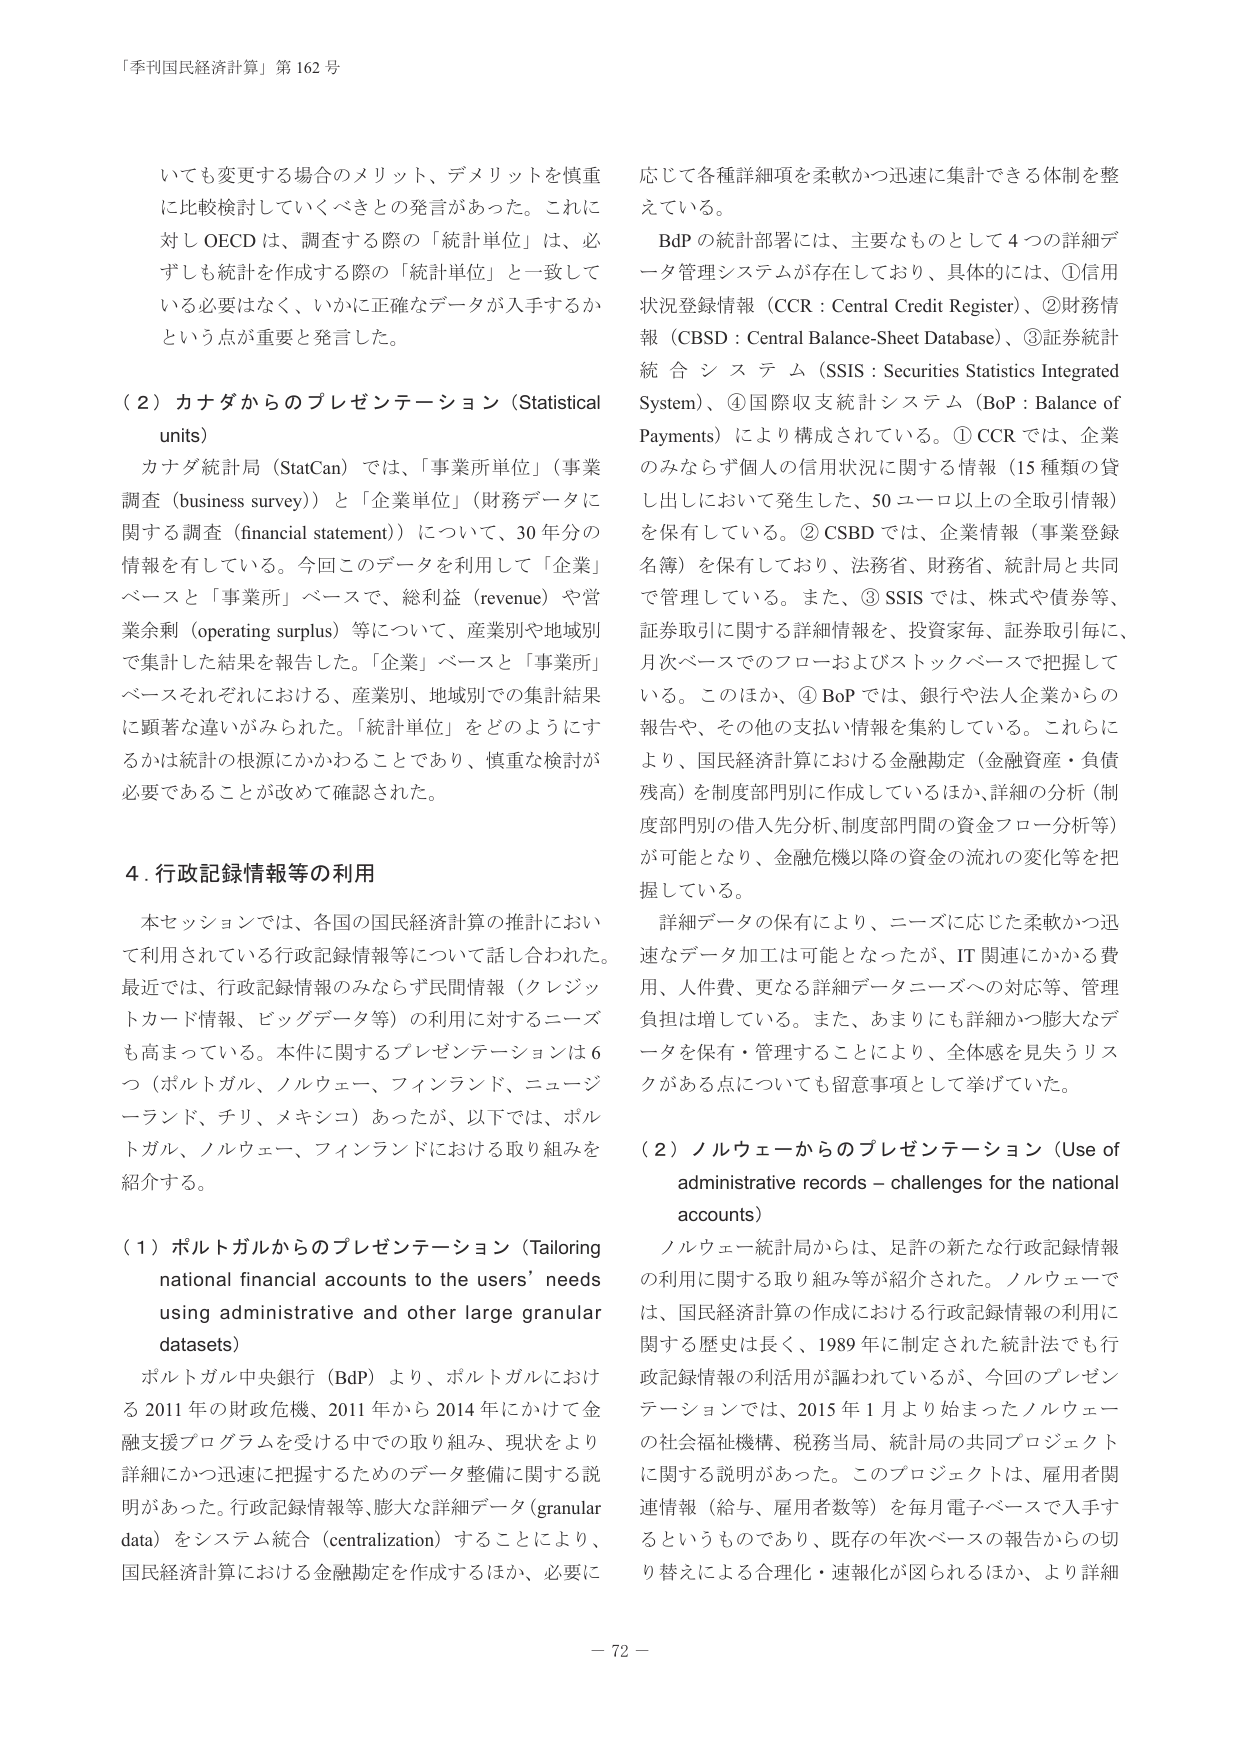
「季刊国民経済計算」第162号

いても変更する場合のメリット、デメリットを慎重に比較検討していくべきとの発言があった。これに対しOECDは、調査する際の「統計単位」は、必ずしも統計を作成する際の「統計単位」と一致している必要はなく、いかに正確なデータが入手するかという点が重要と発言した。

（2）カナダからのプレゼンテーション（Statistical units）

カナダ統計局（StatCan）では、「事業所単位」（事業調査（business survey））と「企業単位」（財務データに関する調査（financial statement））について、30年分の情報を有している。今回このデータを利用して「企業」ベースと「事業所」ベースで、総利益（revenue）や営業余剰（operating surplus）等について、産業別や地域別で集計した結果を報告した。「企業」ベースと「事業所」ベースそれぞれにおける、産業別、地域別での集計結果に顕著な違いがみられた。「統計単位」をどのようにするかは統計の根源にかかわることであり、慎重な検討が必要であることが改めて確認された。

4. 行政記録情報等の利用

本セッションでは、各国の国民経済計算の推計において利用されている行政記録情報等について話しが合わされた。最近では、行政記録情報のみならず民間情報（クレジットカード情報、ビッグデータ等）の利用に対するニーズも高まっている。本件に関するプレゼンテーションは6つ（ポルトガル、ノルウェー、フィンランド、ニュージーランド、チリ、メキシコ）あったが、以下では、ポルトガル、ノルウェー、フィンランドにおける取り組みを紹介する。

（1）ポルトガルからのプレゼンテーション（Tailoring national financial accounts to the users’ needs using administrative and other large granular datasets）

ポルトガル中央銀行（BdP）より、ポルトガルにおける2011年の財政危機、2011年から2014年にかけて金融支援プログラムを受ける中での取り組み、現状をより詳細にかつ迅速に把握するためのデータ整備に関する説明があった。行政記録情報等、膨大な詳細データ（granular data）をシステム統合（centralization）することにより、国民経済計算における金融勘定を作成するほか、必要に応じて各種詳細項を柔軟かつ迅速に集計できる体制を整えている。

BdPの統計部署には、主要なものとして4つの詳細データ管理システムが存在しており、具体的には、①信用状況登録情報（CCR：Central Credit Register）、②財務情報（CBSD：Central Balance-Sheet Database）、③証券統計統合システム（SSIS：Securities Statistics Integrated System）、④国際収支統計システム（BoP：Balance of Payments）により構成されている。①CCRでは、企業のみならず個人の信用状況に関する情報（15種類の貸し出しにおいて発生した、50ユーロ以上の全取引情報）を保有している。②CBSDでは、企業情報（事業登録名簿）を保有しており、法務省、財務省、統計局と共同で管理している。また、③SSISでは、株式や債券等、証券取引に関する詳細情報を、投資家毎、証券取引毎に、月次ベースでのフローおよびストックベースで把握している。このほか、④BoPでは、銀行や法人企業からの報告や、その他の支払い情報を集約している。これらにより、国民経済計算における金融勘定（金融資産・負債残高）を制度部門別に作成しているほか、詳細の分析（制度部門別の借入先分析、制度部門間の資金フロー分析等）が可能となり、金融危機以降の資金の流れの変化等を把握している。

詳細データの保有により、ニーズに応じた柔軟かつ迅速なデータ加工は可能となったが、IT関連にかかる費用、人件費、更なる詳細データニーズへの対応等、管理負担は増している。また、あまりにも詳細かつ膨大なデータを保有・管理することにより、全体感を見失うリスクがある点についても留意事項として挙げていた。

（2）ノルウェーからのプレゼンテーション（Use of administrative records – challenges for the national accounts）

ノルウェー統計局からは、足許の新たな行政記録情報の利用に関する取り組み等が紹介された。ノルウェーでは、国民経済計算の作成における行政記録情報の利用に関する歴史は長く、1989年に制定された統計法でも行政記録情報の利活用が謳われているが、今回のプレゼンテーションでは、2015年1月より始まったノルウェーの社会福祉機構、税務当局、統計局の共同プロジェクトに関する説明があった。このプロジェクトは、雇用者関連情報（給与、雇用者数等）を毎月電子ベースで入手するというものであり、既存の年次ベースの報告からの切り替えによる合理化・速報化が図られるほか、より詳細

－72－